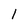
Character: l